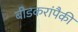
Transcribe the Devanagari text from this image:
बीडकरांपैकी